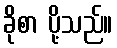
ခိုစာ ပို့သည်။